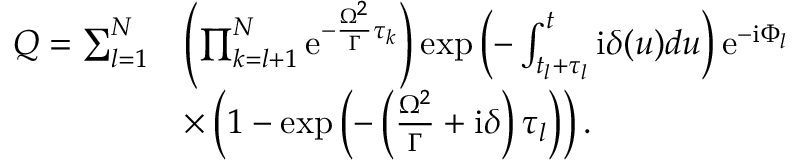
\begin{array} { r l } { Q = \sum _ { l = 1 } ^ { N } } & { \left( \prod _ { k = l + 1 } ^ { N } \mathrm { e } ^ { - \frac { \Omega ^ { 2 } } { \Gamma } \tau _ { k } } \right) \exp \left( - \int _ { t _ { l } + \tau _ { l } } ^ { t } \mathrm { i } \delta ( u ) d u \right) \mathrm { e } ^ { - \mathrm { i } \Phi _ { l } } } \\ & { \times \left( 1 - \exp \left( - \left( \frac { \Omega ^ { 2 } } { \Gamma } + \mathrm { i } \delta \right) \tau _ { l } \right) \right) . } \end{array}